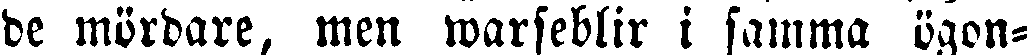
de mördare, men warseblir i samma ögon-